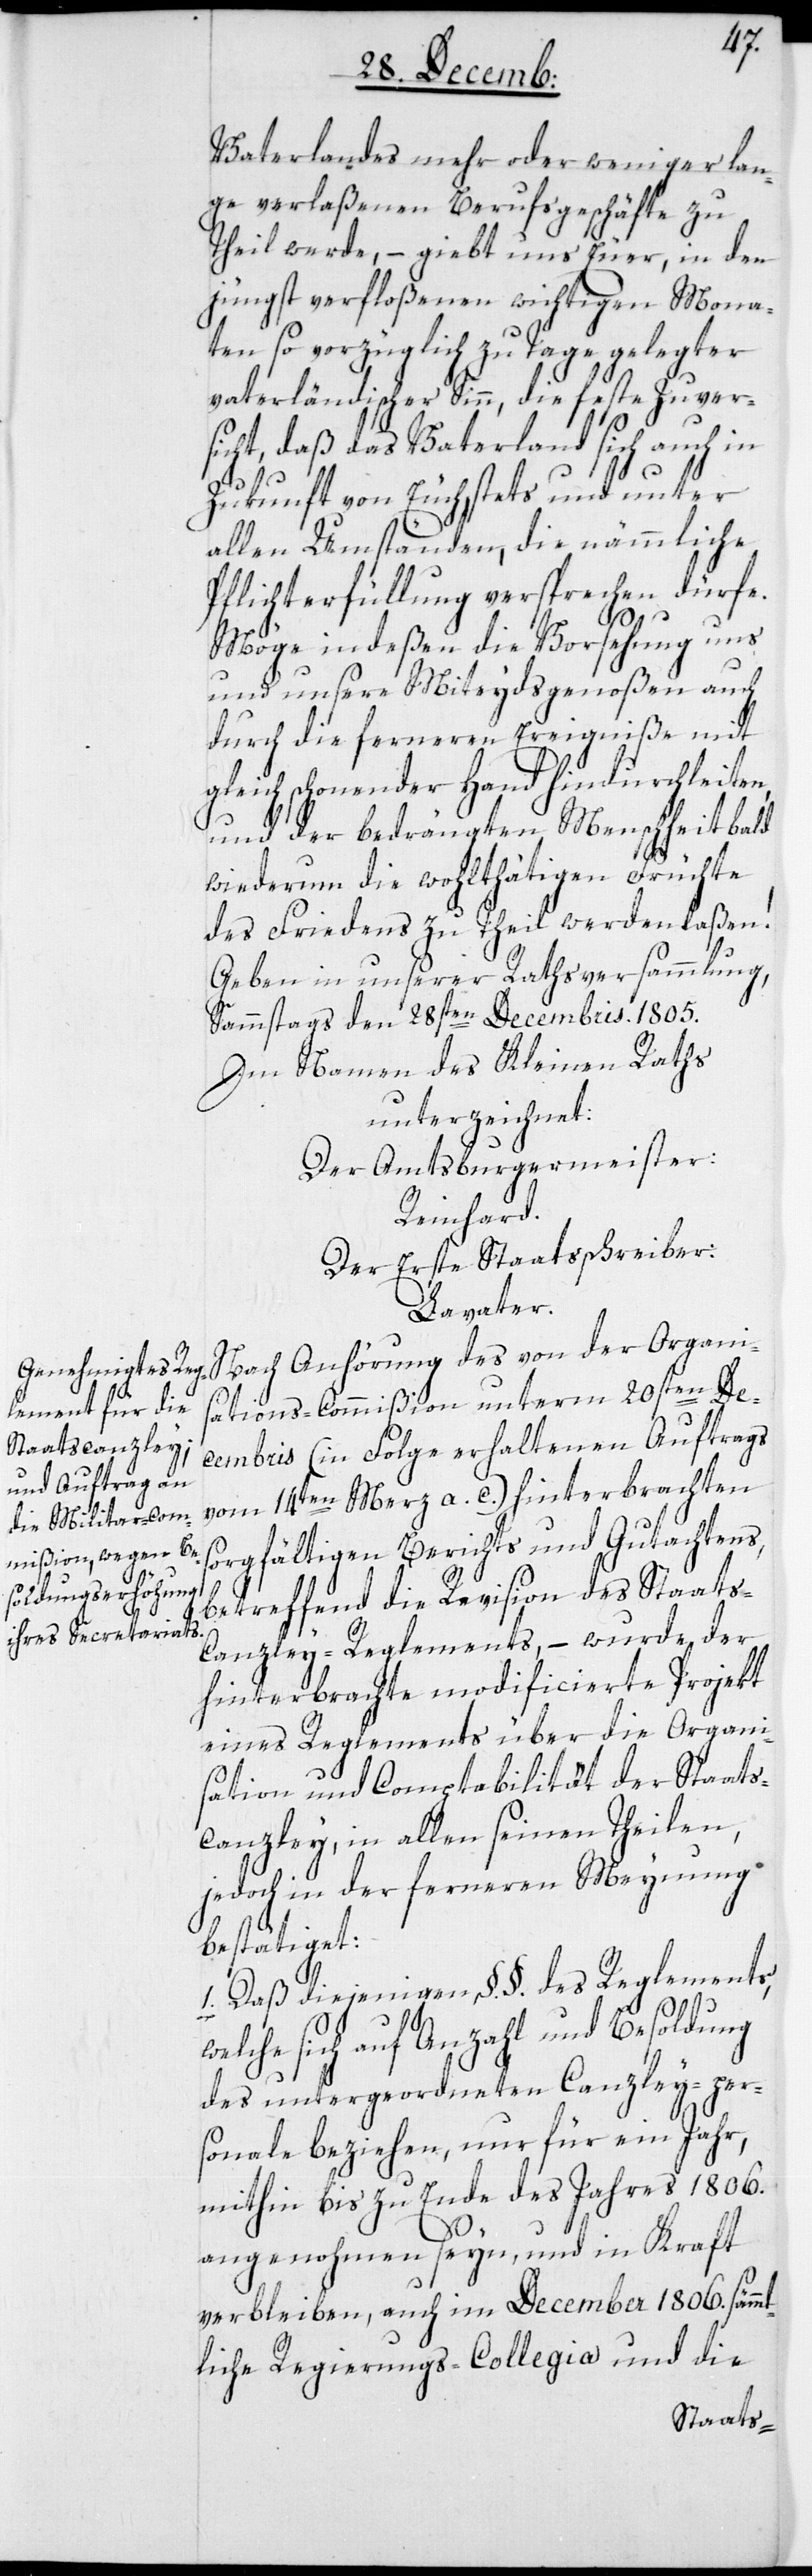
Vaterlandes mehr oder weniger lan¬
ge verlaßenen Berufsgeschäfte zu
Theil werde, – giebt uns Euer, in den
jüngst verfloßenen wichtigen Mona¬
ten so vorzüglich zu Tage gelegter
vaterländischer Sinn, die feste Zuver¬
sicht, daß das Vaterland sich auch in
Zukunft von Euch stets und unter
allen Umständen, die nämmliche
Pflichterfüllung versprechen dürfe.
Möge indeßen die Vorsehung uns
und unsere Miteydsgenoßen auch
durch die ferneren Ereigniße mit
gleich schonender Hand hindurchleiten,
und der bedrängten Menschheit bald
wiederum die wohlthätigen Früchte
des Friedens zu Theil werden laßen!
Geben in unserer Rathsversammlung,
Sammstags den 28sten Decembris. 1805.
Im Namen des Kleinen Raths
unterzeichnet:
Der Amtsburgermeister:
Reinhard.
Der Erste Staatsschreiber:
Lavater.
Nach Anhörung des von der Organi¬
sations-Commißion unterm 20sten De¬
cembris (in Folge erhaltenen Auftrags
vom 14ten Merz a. c.) hinterbrachten
sorgfältigen Berichts und Gutachtens,
betreffend die Revision des Staat¬
s-Canzley-Reglements,– wurde der
hinterbrachte modificierte Projekt
eines Reglements über die Organi¬
sation und Comptabilität der Staats¬
canzley, in allen seinen Theilen,
jedoch in der ferneren Meynung
bestätiget:
1. Daß diejenigen §.§ des Reglements,
welche sich auf Anzahl und Besoldung
des untergeordneten Canzley-per¬
sonale beziehen, nur für ein Jahr,
mithin bis zu Ende des Jahres 1806.
angenommen seyn, und in Kraft
verbleiben, auch im December 1806. sämmt¬
liche Regierungs-Collegia und die